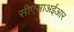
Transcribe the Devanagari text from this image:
सीएसाअईआर